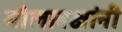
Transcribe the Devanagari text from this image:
मौलाबक्षांनी